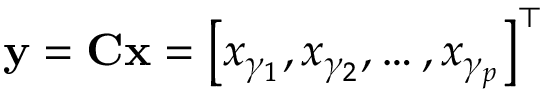
\mathbf { y } = \mathbf { C x } = \left[ x _ { \gamma _ { 1 } } , x _ { \gamma _ { 2 } } , \ldots , x _ { \gamma _ { p } } \right] ^ { \top }